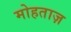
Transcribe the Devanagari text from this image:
मोहताज़